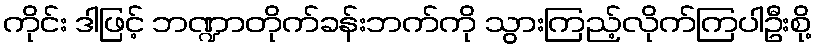
ကိုင်း ဒါဖြင့် ဘဏ္ဍာတိုက်ခန်းဘက်ကို သွားကြည့်လိုက်ကြပါဦးစို့